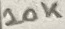
Text: 10K